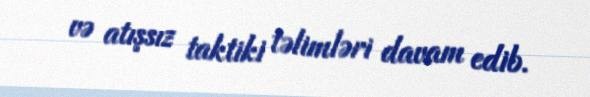
və atışsız taktiki təlimləri davam edib.